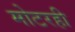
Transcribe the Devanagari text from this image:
मोटरही